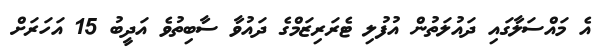
އެ މައްސަލާގައި ދައުލަތުން އުފުލި ޓެރަރިޒަމްގެ ދައުވާ ސާބިތުވެ އަދީބު 15 އަހަރަށް